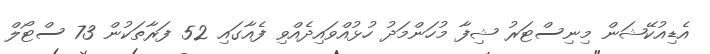
އެޑިއުކޭޝަން މިނިސްޓަރު ޝިފާ މުހަންމަދު ހުޅުއްވައިދެއްވި ފެއާގައި 52 ފަރާތަކުން 73 ސްޓޯލް